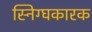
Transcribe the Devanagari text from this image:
स्निग्घकारक